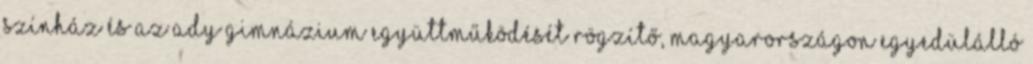
Színház és az Ady Gimnázium együttműködését rögzítő, Magyarországon egyedülálló